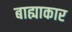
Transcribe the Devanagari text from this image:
बाह्याकार